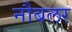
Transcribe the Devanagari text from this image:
नौबलर